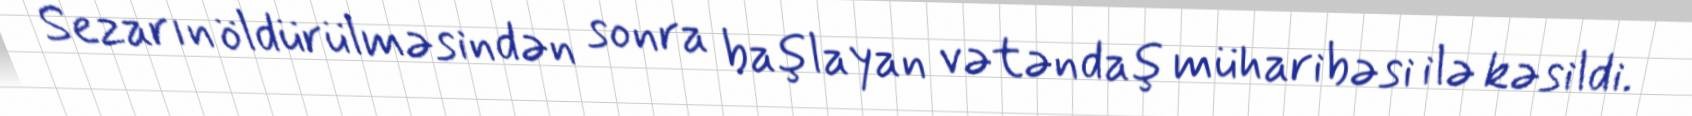
Sezarın öldürülməsindən sonra başlayan vətəndaş müharibəsi ilə kəsildi.